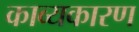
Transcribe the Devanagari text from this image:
काव्यकारण